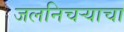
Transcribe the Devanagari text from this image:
जलनिचऱ्याचा